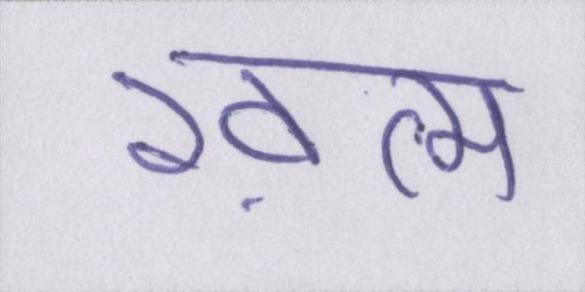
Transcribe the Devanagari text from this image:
ख़त्म